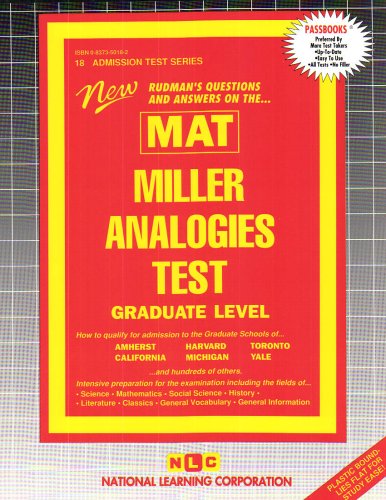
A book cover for Miller Analogies Test (MAT) (Admission Test Passbooks); Passbooks; Test Preparation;